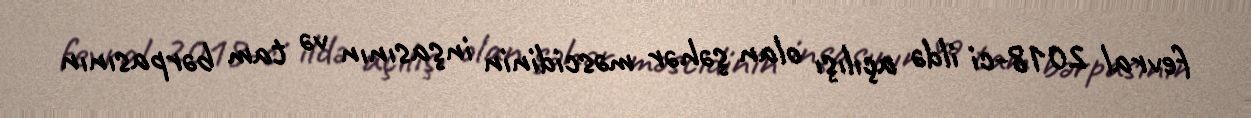
fevral 2018-ci ildə açılışı olan şəhər məscidinin inşasının və tam bərpasının